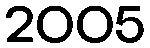
2005